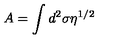
A = \int d ^ { 2 } \sigma \eta ^ { 1 / 2 }